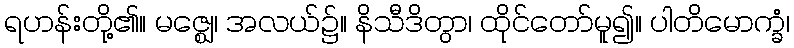
ရဟန်းတို့၏။ မဇ္ဈေ၊ အလယ်၌။ နိသီဒိတွာ၊ ထိုင်တော်မူ၍။ ပါတိမောက္ခံ၊